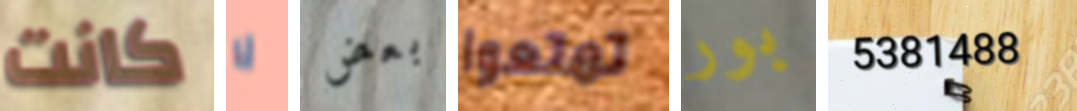
كانت لا بعض تمتعوا بور 5381488